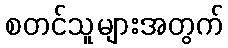
စတင်သူများအတွက်